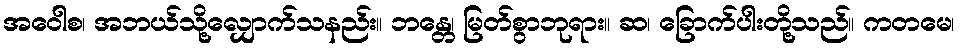
အဝေါစ၊ အဘယ်သို့လျှောက်သနည်း။ ဘန္တေ၊ မြတ်စွာဘုရား။ ဆ၊ ခြောက်ပါးတို့သည်။ ကတမေ၊